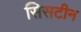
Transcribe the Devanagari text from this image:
सिसटीन